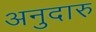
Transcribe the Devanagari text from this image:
अनुदारु